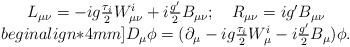
\begin{align*}\begin{array}{cl}L_{\mu\nu}=-ig\frac{\tau_i}{2}W^i_{\mu\nu}+i\frac{g'}{2}B_{\mu\nu};~~~R_{\mu\nu}=ig'B_{\mu\nu}\\begin{align*}4mm] D_{\mu}\phi=({\partial}_{\mu}-ig\frac{{\tau}_{i}}{2}W^{i}_{\mu}-i\frac{g'}{2}B_{\mu})\phi.\end{array}\end{align*}